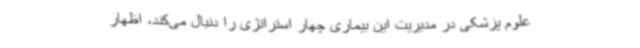
علوم پزشکی در مدیریت این بیماری چهار استراتژی را دنبال می‌کند، اظهار